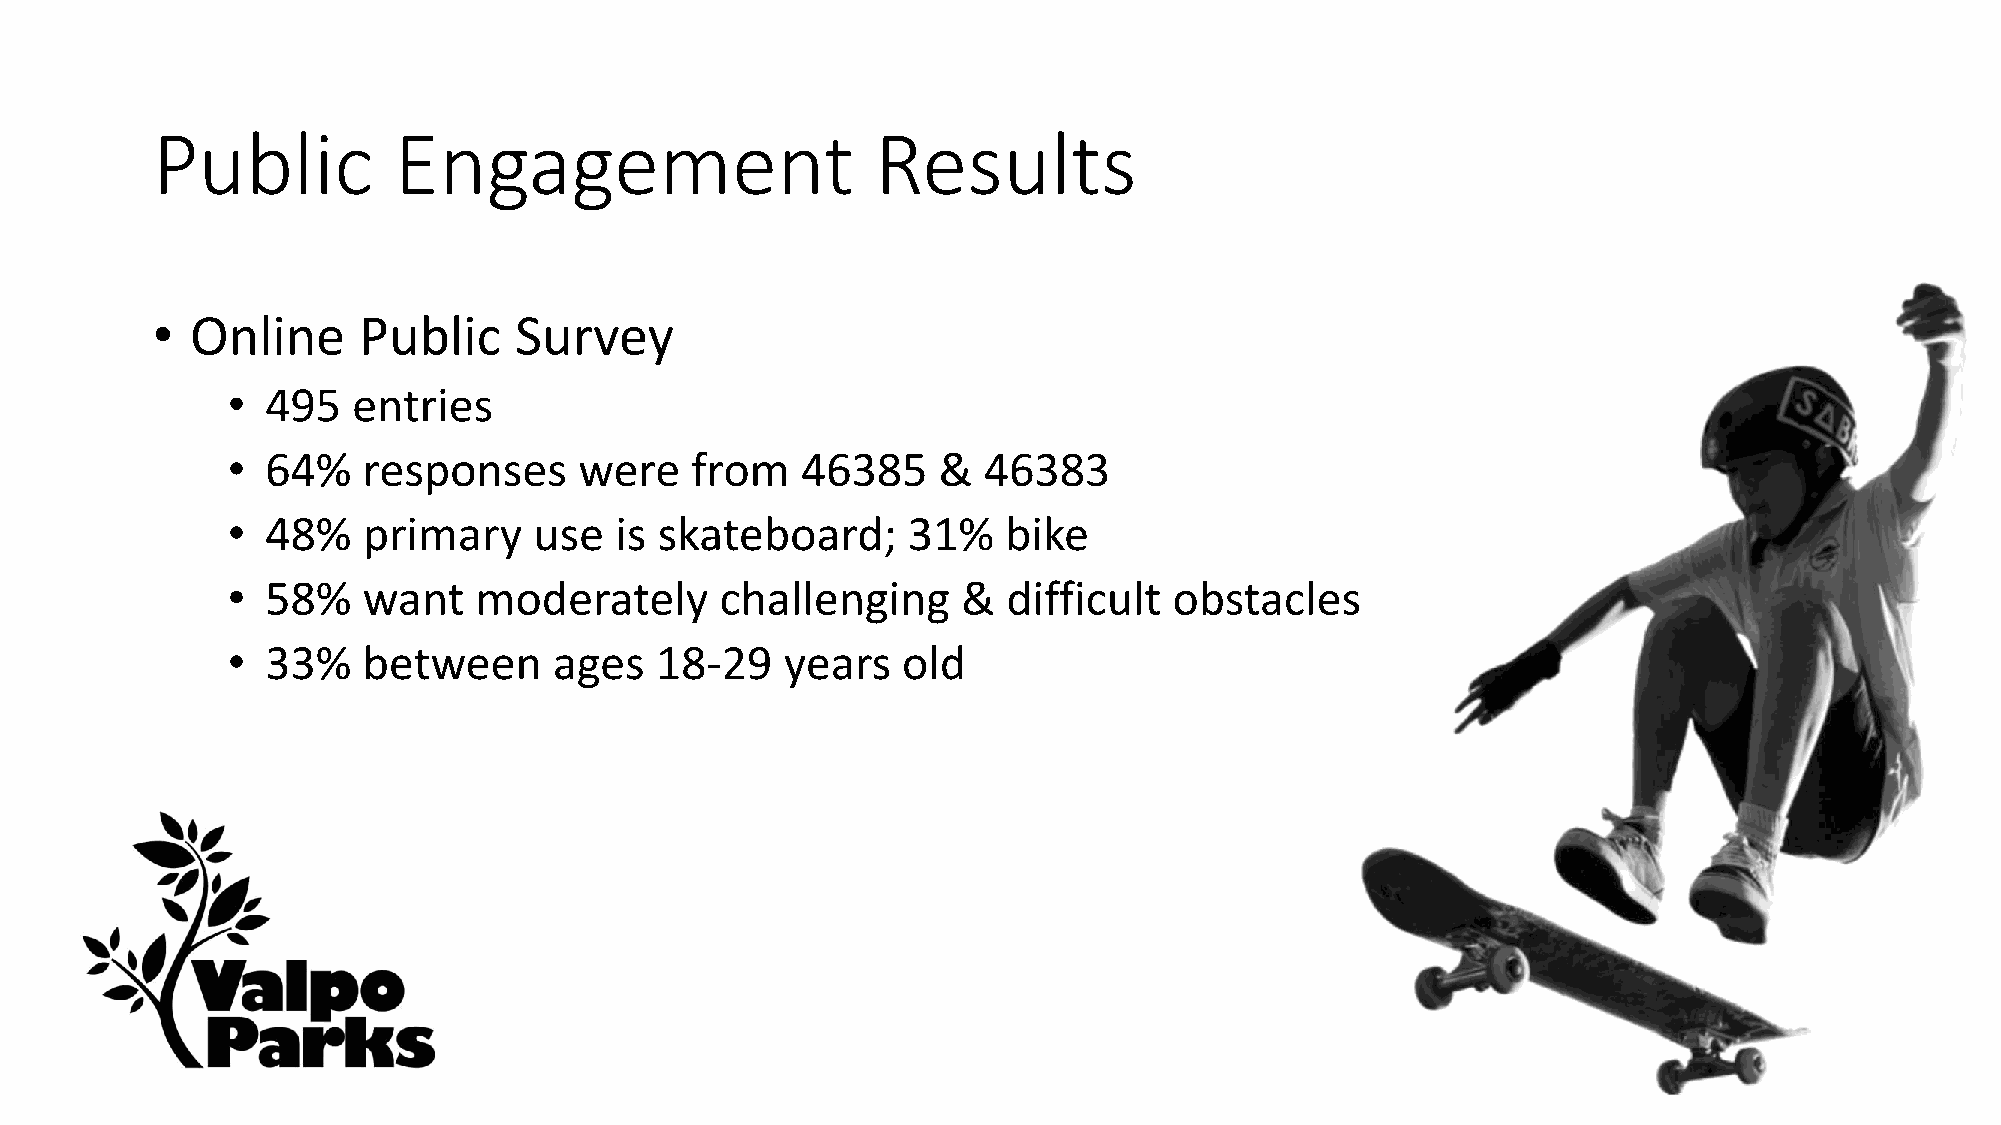
Public          Engagement                      Results
 •  Online     Public    Survey
 •  495  entries
 •  64%   responses     were    from   46385    &  46383
 •  48%   primary    use   is skateboard;     31%    bike
 •  58%   want   moderately       challenging     &  difficult  obstacles
 •  33%   between      ages  18-29    years   old